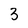
Character: 3